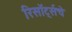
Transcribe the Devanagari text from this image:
रिसॉर्ट्सचे